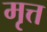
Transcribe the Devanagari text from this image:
मृत्त